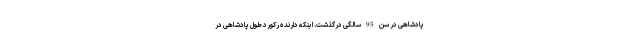
پادشاهی در سن 95 سالگی درگذشت. اینکه دارنده رکورد طول پادشاهی در